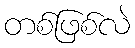
တစ်ဖြစ်လဲ